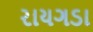
રાયગડા